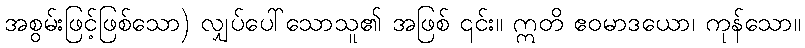
အစွမ်းဖြင့်ဖြစ်သော) လျှပ်ပေါ်သောသူ၏ အဖြစ် ၎င်း။ ဣတိ ဧဝမာဒယော၊ ကုန်သော။